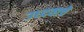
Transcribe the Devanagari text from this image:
उध्दवाचे